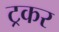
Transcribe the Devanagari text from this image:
ट्रकर